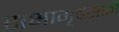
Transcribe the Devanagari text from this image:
सभागृहसाठी